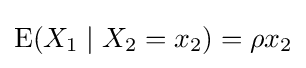
\operatorname {E} (X_{1}\mid X_{2}=x_{2})=\rho x_{2}